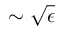
\sim \sqrt { \epsilon }